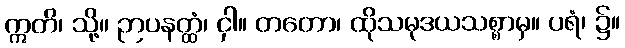
ဣတိ၊ သို့။ ဉာပနတ္ထံ၊ ငှါ။ တတော၊ ထိုသမုဒယသစ္စာမှ။ ပရံ၊ ၌။